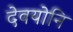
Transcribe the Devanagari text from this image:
देवयोनि